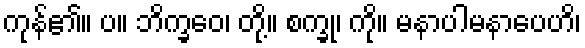
ကုန်၏။ ပ။ ဘိက္ခဝေ၊ တို့။ စက္ခု၊ ကို။ မနာပါမနာပေဟိ၊